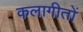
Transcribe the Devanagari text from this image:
कलागीतों